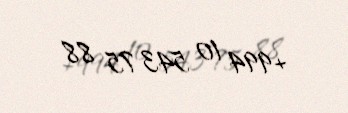
+994 10 543 75 88